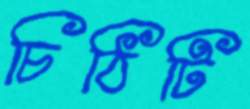
চিঠিটি